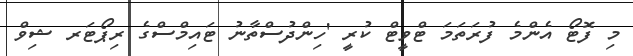
މި ފޮޓޯ އެންމެ ފުރަތަމަ ޓްވީޓް ކުރީ 'ހިންދުސްތާނު ޓައިމްސްގެ ރިޕޯޓަރ ޝިވް